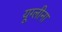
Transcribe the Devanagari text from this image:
यूग्लीना